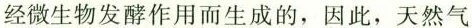
经微生物发酵作用而生成的，因此，天然气